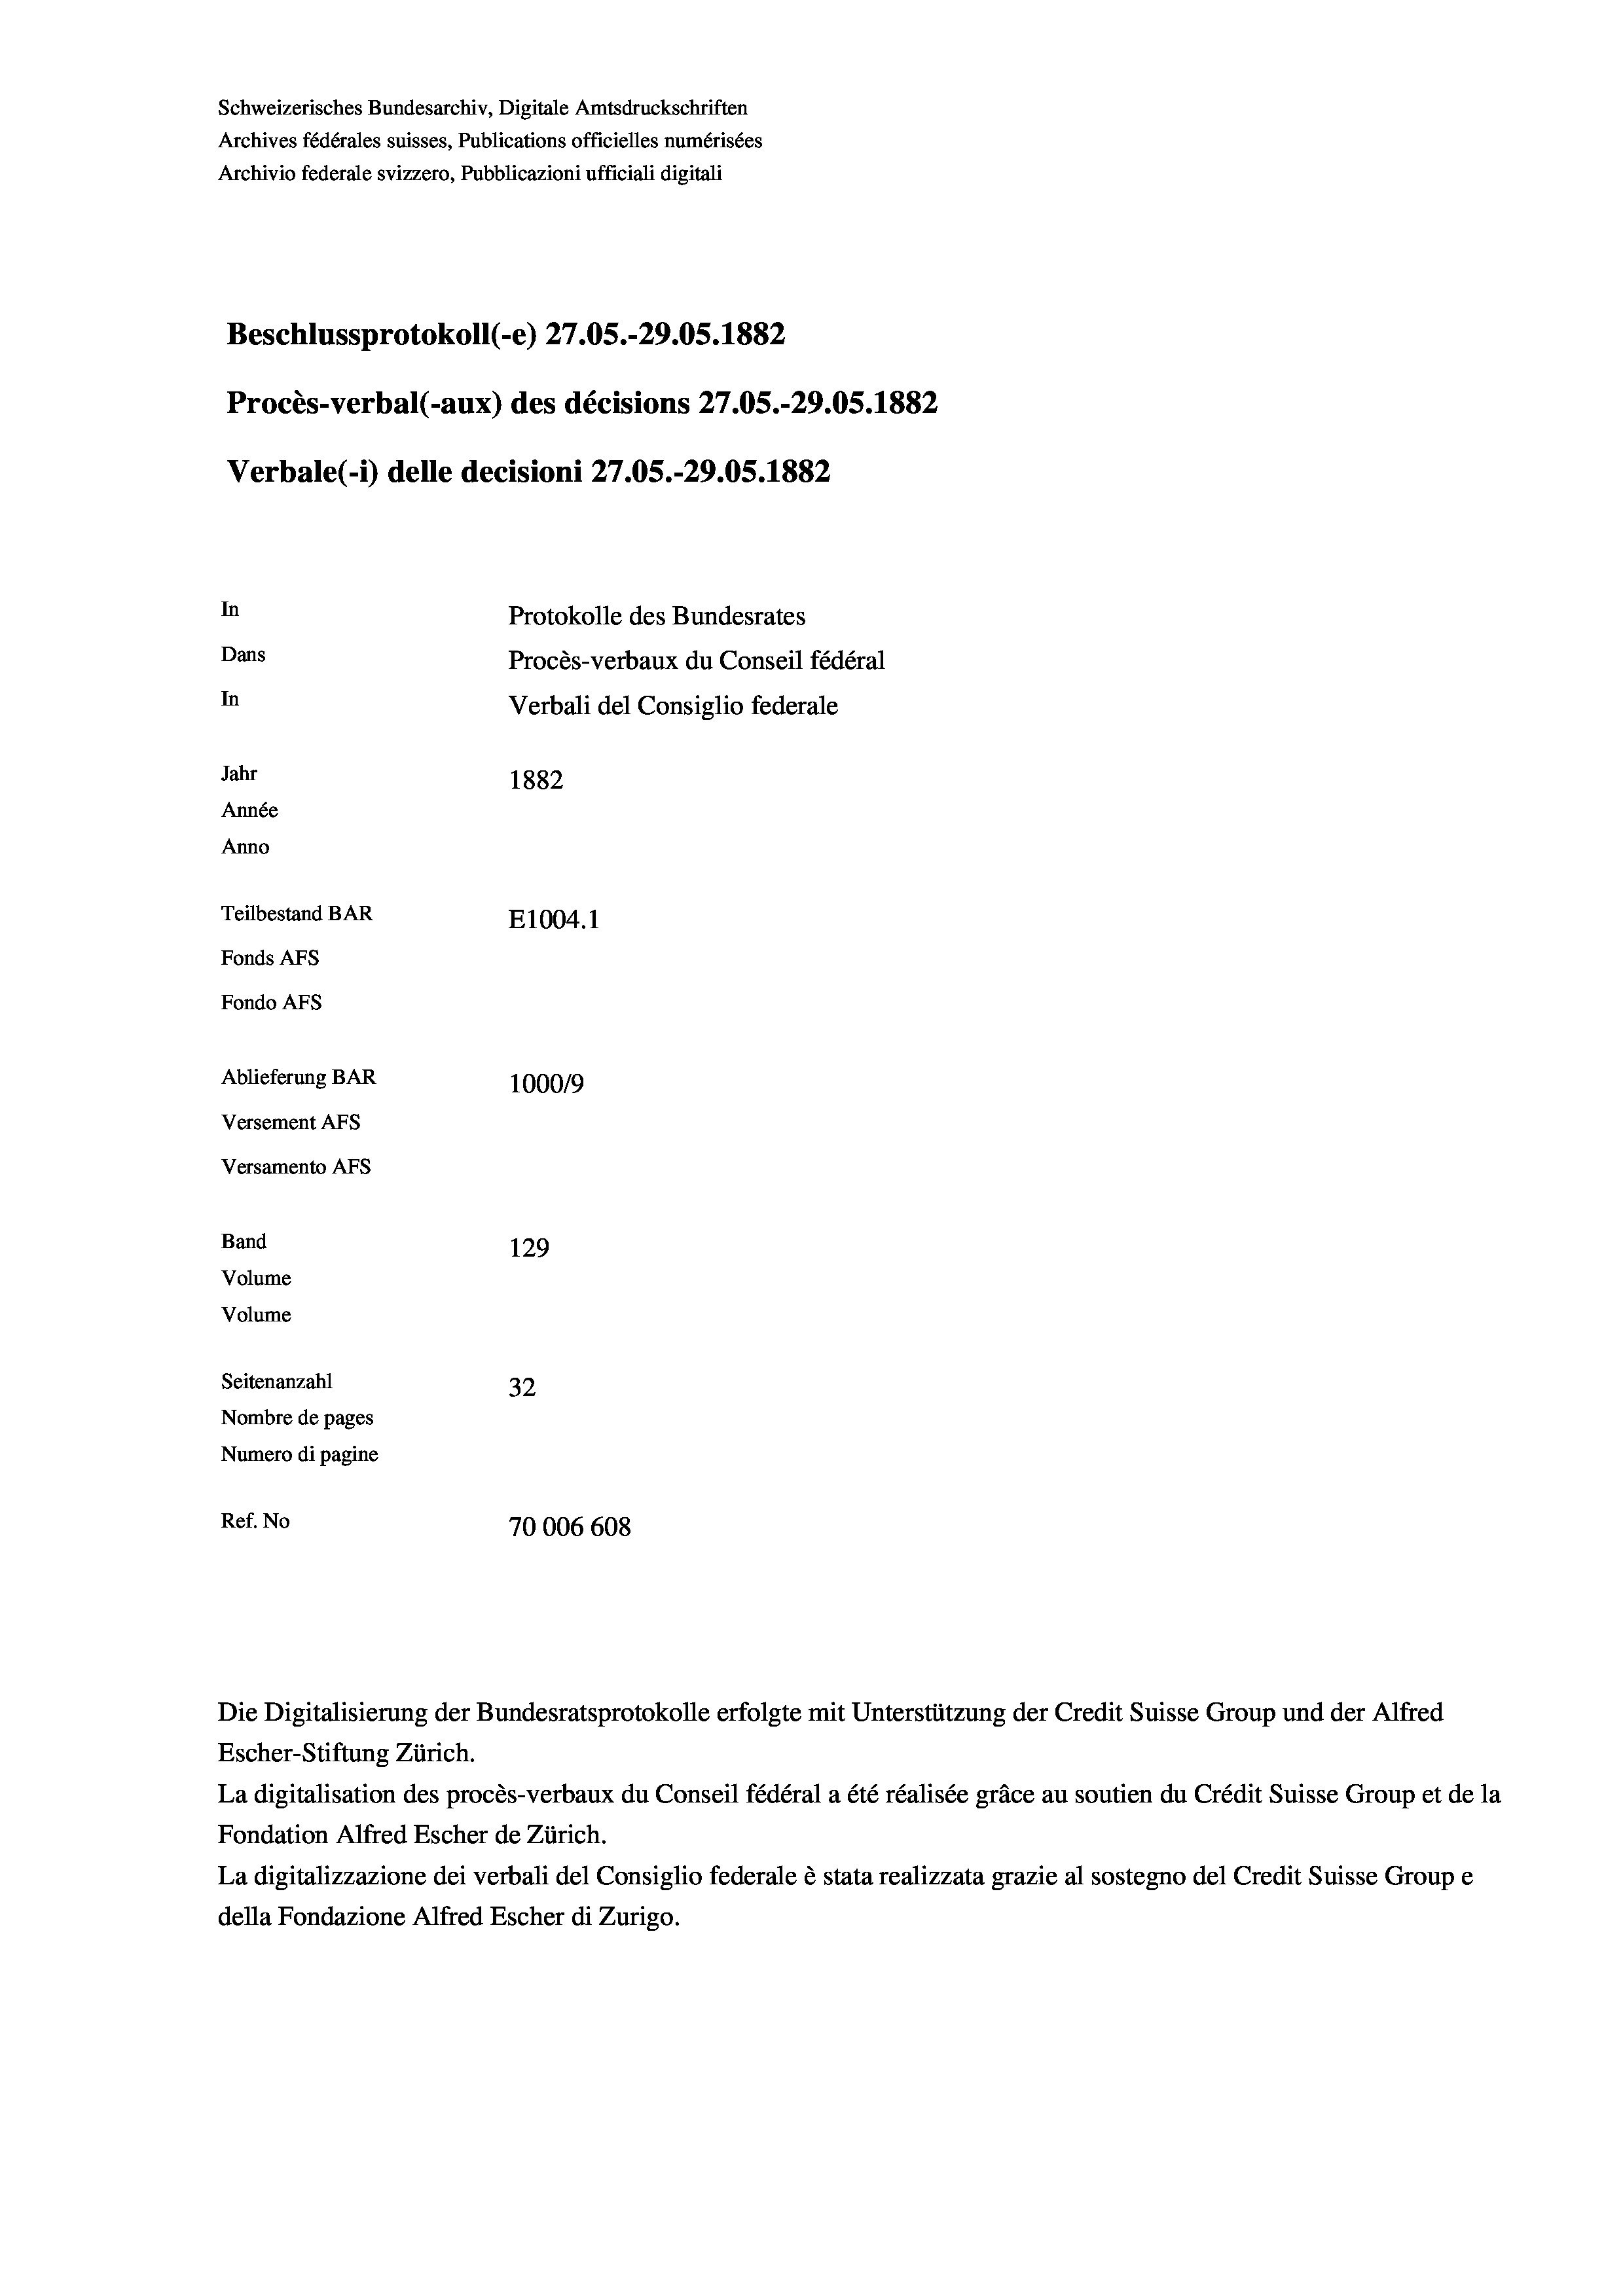
Schweizerisches Bundesarchiv, Digitale Amtsdruckschriften
Archives fédérales suisses, Publications officielles numérisées
Archivio federale svizzero, Pubblicazioni ufficiali digitali
Beschlussprotokoll (-e) 27.05.-29.05. 1882
Procès-verbal (-aux) des décisions 27.05.-29.05. 1882
Verbale(1) delle decisioni 27.05.-29.05. 1882
In
Protokolle des Bundesrates
Dans
Procès-verbaux du Conseil fédéral
In
Jahr
1882
Année
Anno
Teilbestand BAR
E1004. 1
Fonds AFs
Fondo Afs
Ablieferung BAR
100019
Versement AFs
Versamento AFS
Band
129
Volume
Volume
Seitenanzahl
32
Nombre de pages
Numero di pagine
Ref. No
70006 608

Verbali del Consiglio federale

Die Digitalisierung der Bundesratsprotokolle erfolgte mit Unterstützung der Credit Suisse Group und der Alfred
Escher-Stiftung Zürich.
La digitalisation des procès-verbaux du Conseil fédéral a été réalisée gräce au soutien du Crédit Suisse Group et de la
Fondation Alfred Escher de Zürich.
La digitalizzazione dei verbali del Consiglio federale è stata realizzata grazie al sostegno del Credit Suisse Groupe
della Fondazione Alfred Escher di Zurigo.